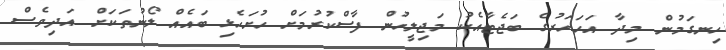
ހިނގަމުން މިދާ އަހަހަރުގެ ބަޖެޓާއެކު މަޖިލީހުން ފާސްކުރުމަށް ހުށަހެޅި ބައެއް ލޯނުތަކަށް އަދިވެސް